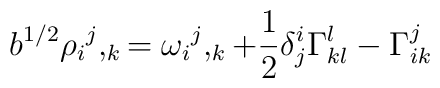
b^{1/2}{\rho_i}^j,_k= {\omega_i}^j,_k                    +{1\over2}\delta^i_j\Gamma_{kl}^l                    -\Gamma_{ik}^j